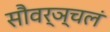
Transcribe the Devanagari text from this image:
सौवर्ञ्चलं